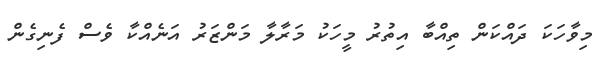
މިވާހަކަ ދައްކަން ތިއްބާ އިތުރު މީހަކު މަރާލާ މަންޒަރު އަނެއްކާ ވެސް ފެނިގެން